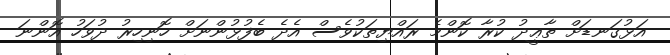
އަޅުގަނޑަށް ތާޢީދު ކުރާ ކޮންމެ ރައްޔިތަކުވެސް އެދެ ބެފުޅުންނަށް ހޮނިހިރު ދުވަހު އޮންނަ